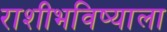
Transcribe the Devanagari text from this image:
राशीभविष्याला